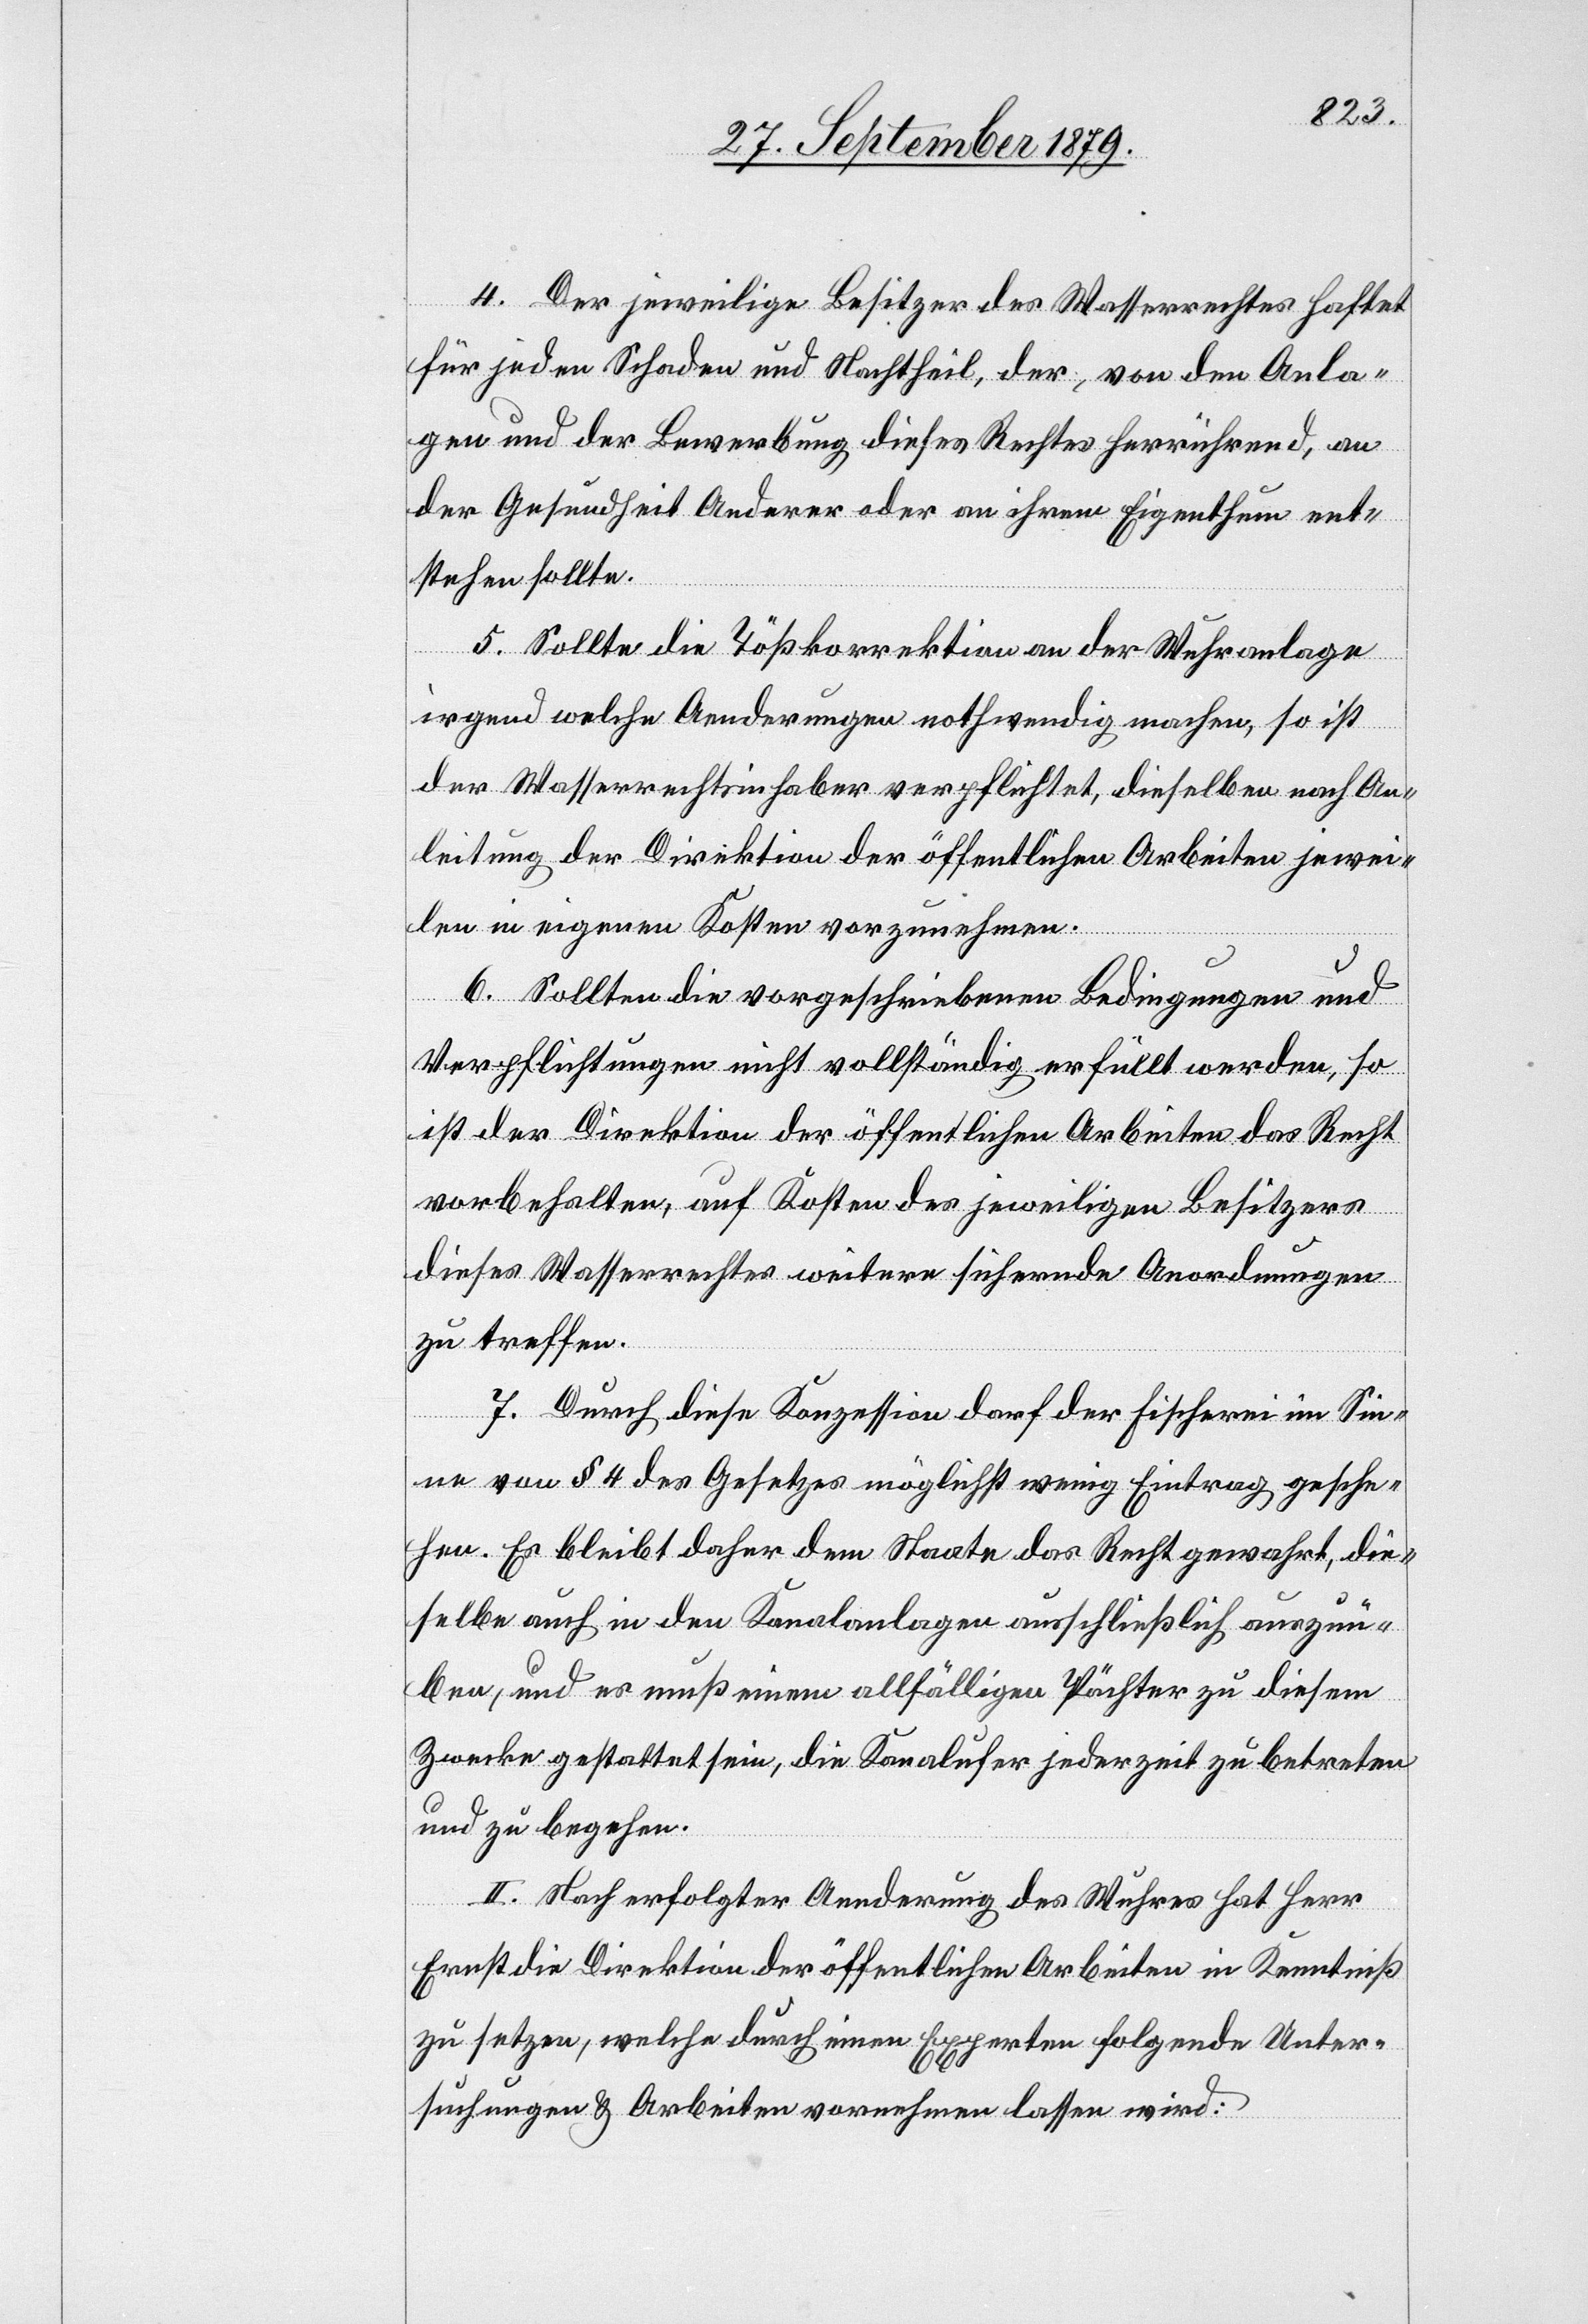
4. Der jeweilige Besitzer des Wasserrechtes haftet
für jeden Schaden und Nachtheil, der, von den Anla¬
gen und der Bewerbung dieses Rechtes herrührend, an
der Gesundheit Anderer oder an ihrem Eigenthum ent¬
stehen sollte.
5. Sollte die Tößkorrektion an der Wuhranlage
irgend welche Aenderungen nothwendig machen, so ist
der Wasserrechtsinhaber verpflichtet, dieselben nach An¬
leitung der Direktion der öffentlichen Arbeiten jewei¬
len in eigenen Kosten vorzunehmen.
6. Sollten die vorgeschriebenen Bedingungen und
Verpflichtungen nicht vollständig erfüllt werden, so
ist der Direktion der öffentlichen Arbeiten das Recht
vorbehalten, auf Kosten des jeweiligen Besitzers
dieses Wasserrechtes weitere sichernde Anordnungen
zu treffen.
7. Durch diese Konzession darf der Fischerei im Sin¬
ne von § 4 des Gesetzes möglichst wenig Eintrag gesche¬
hen. Es bleibt daher dem Staate das Recht gewahrt, die¬
selbe auch in den Kanalanlagen ausschließlich auszuü¬
ben, und es muß einem allfälligen Pächter zu diesem
Zwecke gestattet sein, die Kanalufer jederzeit zu betreten
und zu begehen.
II. Nach erfolgter Aenderung des Wuhres hat Herr
Ernst die Direktion der öffentlichen Arbeiten in Kenntniß
zu setzen, welche durch einen Experten folgende Unter¬
suchungen & Arbeiten vornehmen lassen wird: